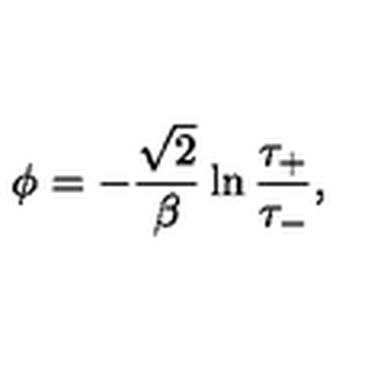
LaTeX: \phi = - \frac { \sqrt { 2 } } { \beta } \ln \frac { \tau _ { + } } { \tau _ { - } } ,